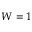
W = 1